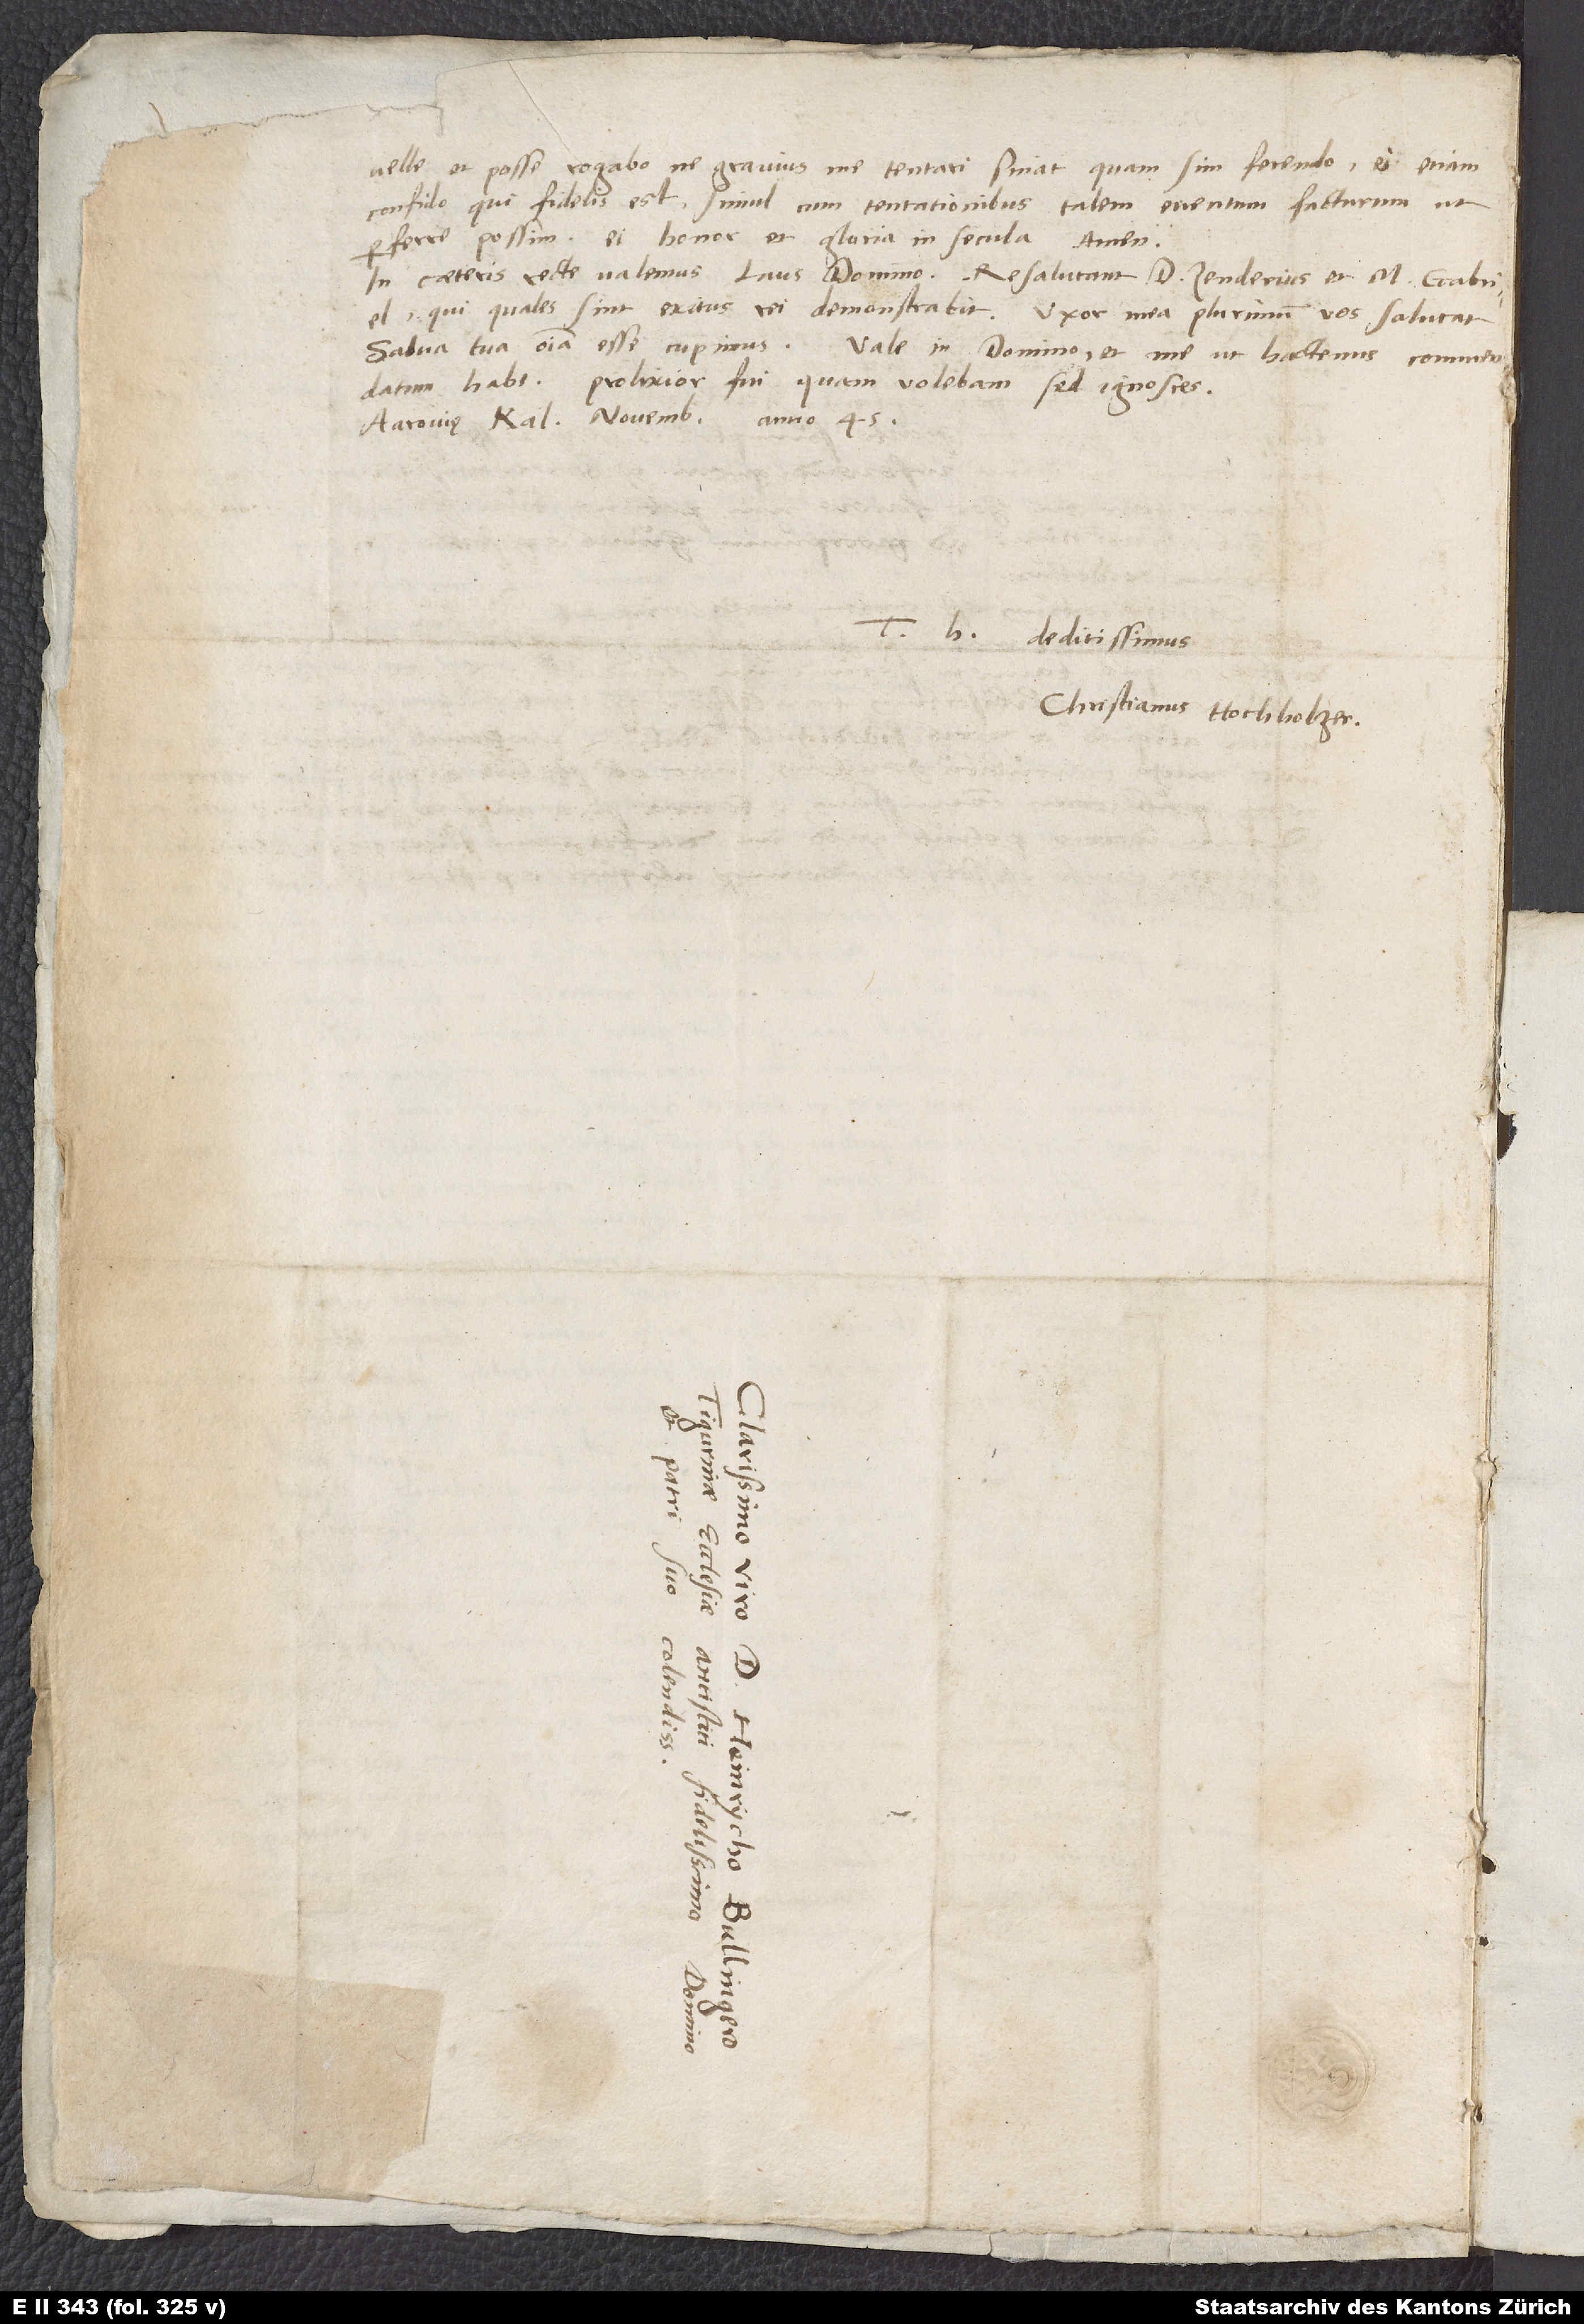
velle et posse, rogabo, ne gravius me tentari sinat, quam sim ferendo. Ei etiam
confido, qui fidelis est, simul cum tentationibus talem eventum facturum, ut
perferre possim. Ei honor et gloria in secula. Amen.
In caeteris recte valemus; laus domino! Resalutant d. Zenderius et m. Gabriel,
qui, quales sint, exitus rei demonstrabit. Uxor mea plurimum vos salutat.
Salva tua omnia esse cupimus.
Vale in domino et me ut hactenus commendatum
habe. Prolixior fui, quam volebam; sed ignosces.
Aarovię, kalendis novembris anno 1545.
deditissimus
Christianus Hochholzer.